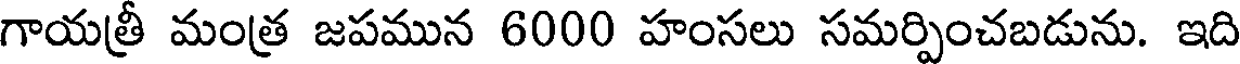
గాయత్రీ మంత్ర జపమున 6000 హంసలు సమర్పించబడును. ఇది